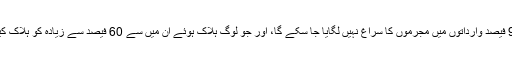
رپورٹ میں کہا گیا ہے کہ صحافیوں کے قتل کی 90 فیصد وارداتوں میں مجرموں کا سراغ نہیں لگایا جا سکے گا، اور جو لوگ ہلاک ہوئے ان میں سے 60 فیصد سے زیادہ کو ہلاک کیئے جانے سے ہفتہ بھر پہلے دھمکیاں دی گئی تھیں۔